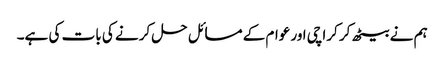
ہم نے بیٹھ کر کراچی اور عوام کے مسائل حل کرنے کی بات کی ہے۔